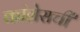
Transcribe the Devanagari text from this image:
कांग्रेसची